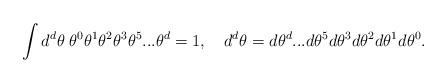
LaTeX: \begin{align*}\int d^d \theta \;\theta^0 \theta^1 \theta^2 \theta^3 \theta^5 ... \theta^d = 1, \quad d^d \theta = d \theta^d ... d \theta^5 d \theta^3 d \theta^2 d \theta^1 d \theta^0.\end{align*}